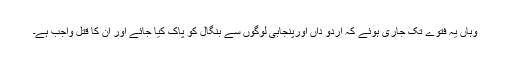
وہاں یہ فتوے تک جاری ہوئے کہ اردو داں اورپنجابی لوگوں سے بنگال کو پاک کیا جائے اور ان کا قتل واجب ہے۔